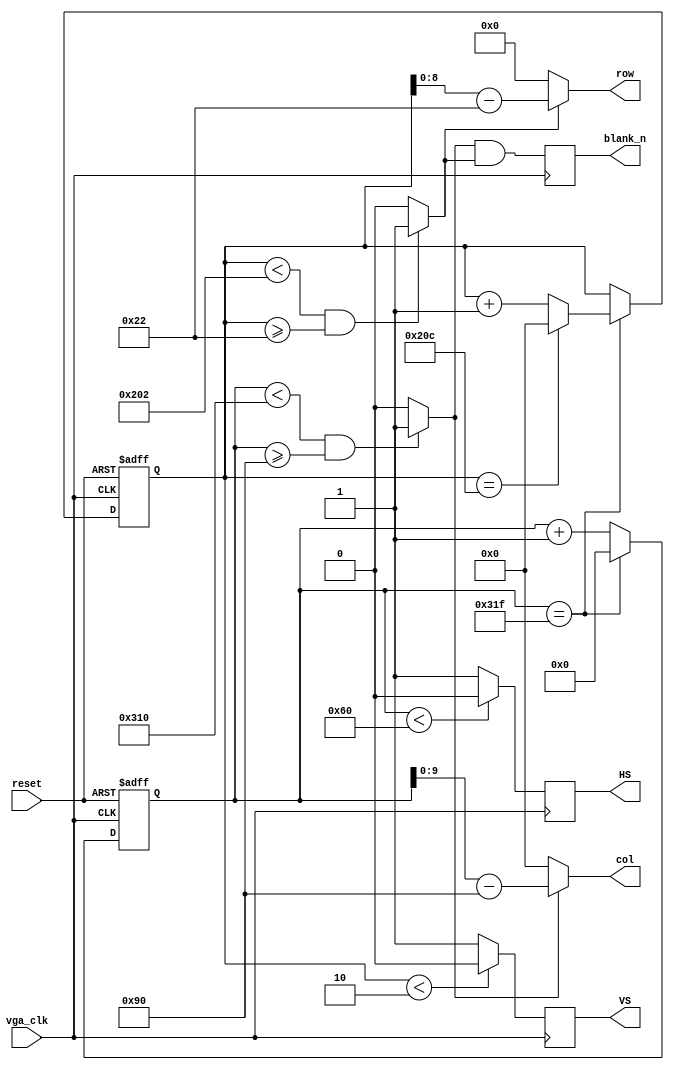
// Code adapted from DE-10 Lite demonstration code.
// Modified by Adam Silverman and Tuan Dau, 2020.

module video_sync_generator(reset,
                            vga_clk,
                            blank_n,
                            HS,
                            VS,
									 col,
									 row
									 );
                            
input reset;
input vga_clk;
output reg blank_n;
output reg HS;
output reg VS;
output [9:0] col;
output [8:0] row;

///////////////////
/*
--VGA Timing
--Horizontal :
--                ______________                 _____________
--               |              |               |
--_______________|  VIDEO       |_______________|  VIDEO (next line)

// COde adapted from DE-10 Lite demonstration code.

--___________   _____________________   ______________________
--           |_|                     |_|
--            B <-C-><----D----><-E->
--           <------------A--------->
--The Unit used below are pixels;  
--  B->Sync_cycle                   :H_sync_cycle
--  C->Back_porch                   :hori_back
--  D->Visable Area
--  E->Front porch                  :hori_front
--  A->horizontal line total length :hori_line
--Vertical :
--               ______________                 _____________
--              |              |               |          
--______________|  VIDEO       |_______________|  VIDEO (next frame)
--
--__________   _____________________   ______________________
--          |_|                     |_|
--           P <-Q-><----R----><-S->
--          <-----------O---------->
--The Unit used below are horizontal lines;  
--  P->Sync_cycle                   :V_sync_cycle
--  Q->Back_porch                   :vert_back
--  R->Visable Area
--  S->Front porch                  :vert_front
--  O->vertical line total length :vert_line
*////////////////////////////////////////////
////////////////////////                          
//parameter
parameter hori_line  = 800;                           
parameter hori_back  = 144;
parameter hori_front = 16;
parameter vert_line  = 525;
parameter vert_back  = 34;
parameter vert_front = 11;
parameter H_sync_cycle = 96;
parameter V_sync_cycle = 2;
parameter H_BLANK = hori_front+H_sync_cycle ; //add by yang

//////////////////////////
reg [10:0] h_cnt;
reg [9:0]  v_cnt;
wire cHD,cVD,cDEN,hori_valid,vert_valid;
///////
always@(negedge vga_clk,posedge reset)
begin
  if (reset)
  begin
     h_cnt<=11'd0;
     v_cnt<=10'd0;
  end
    else
    begin
      if (h_cnt==hori_line-1)
      begin 
         h_cnt<=11'd0;
         if (v_cnt==vert_line-1)
            v_cnt<=10'd0;
         else
            v_cnt<=v_cnt+1;
      end
      else
         h_cnt<=h_cnt+1;
    end
end
/////
assign cHD = (h_cnt<H_sync_cycle)?1'b0:1'b1;
assign cVD = (v_cnt<V_sync_cycle)?1'b0:1'b1;

assign hori_valid = (h_cnt<(hori_line-hori_front)&& h_cnt>=hori_back)?1'b1:1'b0;
assign vert_valid = (v_cnt<(vert_line-vert_front)&& v_cnt>=vert_back)?1'b1:1'b0;

assign cDEN = hori_valid && vert_valid;

always@(negedge vga_clk)
begin
  HS<=cHD;
  VS<=cVD;
  blank_n<=cDEN;
end

assign col[9:0] = hori_valid ? (h_cnt - hori_back) : 10'b0;
assign row[8:0] = vert_valid ? (v_cnt - vert_back) : 9'b0;

endmodule